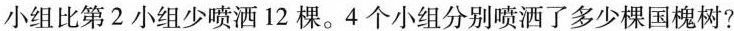
小组比第2小组少喷洒12棵。4个小组分别喷洒了多少棵国槐树?